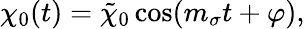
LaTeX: \chi_{0}(t)=\tilde{\chi}_{0}\cos(m_{\sigma}t+\varphi),